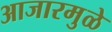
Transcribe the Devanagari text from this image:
आजारमुळे